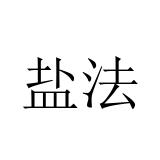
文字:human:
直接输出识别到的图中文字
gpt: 盐法